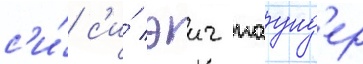
с'и́ с'и́ эич паунд'ер